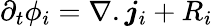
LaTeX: \partial_{t}\phi_{i}=\nabla.\boldsymbol{j}_{i}+R_{i}